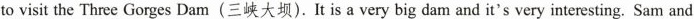
to visit the Three Gorges Dam(三峡大坝).It is a very big dam and it's very interesting. Sam and